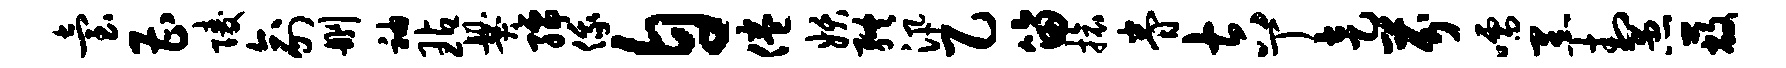
台曹陵俞删袖玷爨孺俄自倦妖终汛乙笛旅眷吉丁走芬嚅黑封愚蔽